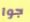
جوا